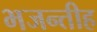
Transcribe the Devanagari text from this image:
भजन्तीह